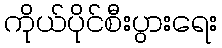
ကိုယ်ပိုင်စီးပွားရေး